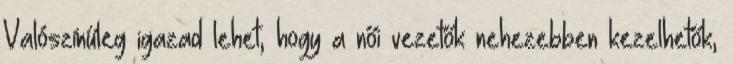
Valószínűleg igazad lehet, hogy a női vezetők nehezebben kezelhetők,